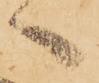
へ